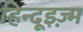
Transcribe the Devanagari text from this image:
हिन्दूइज़्म